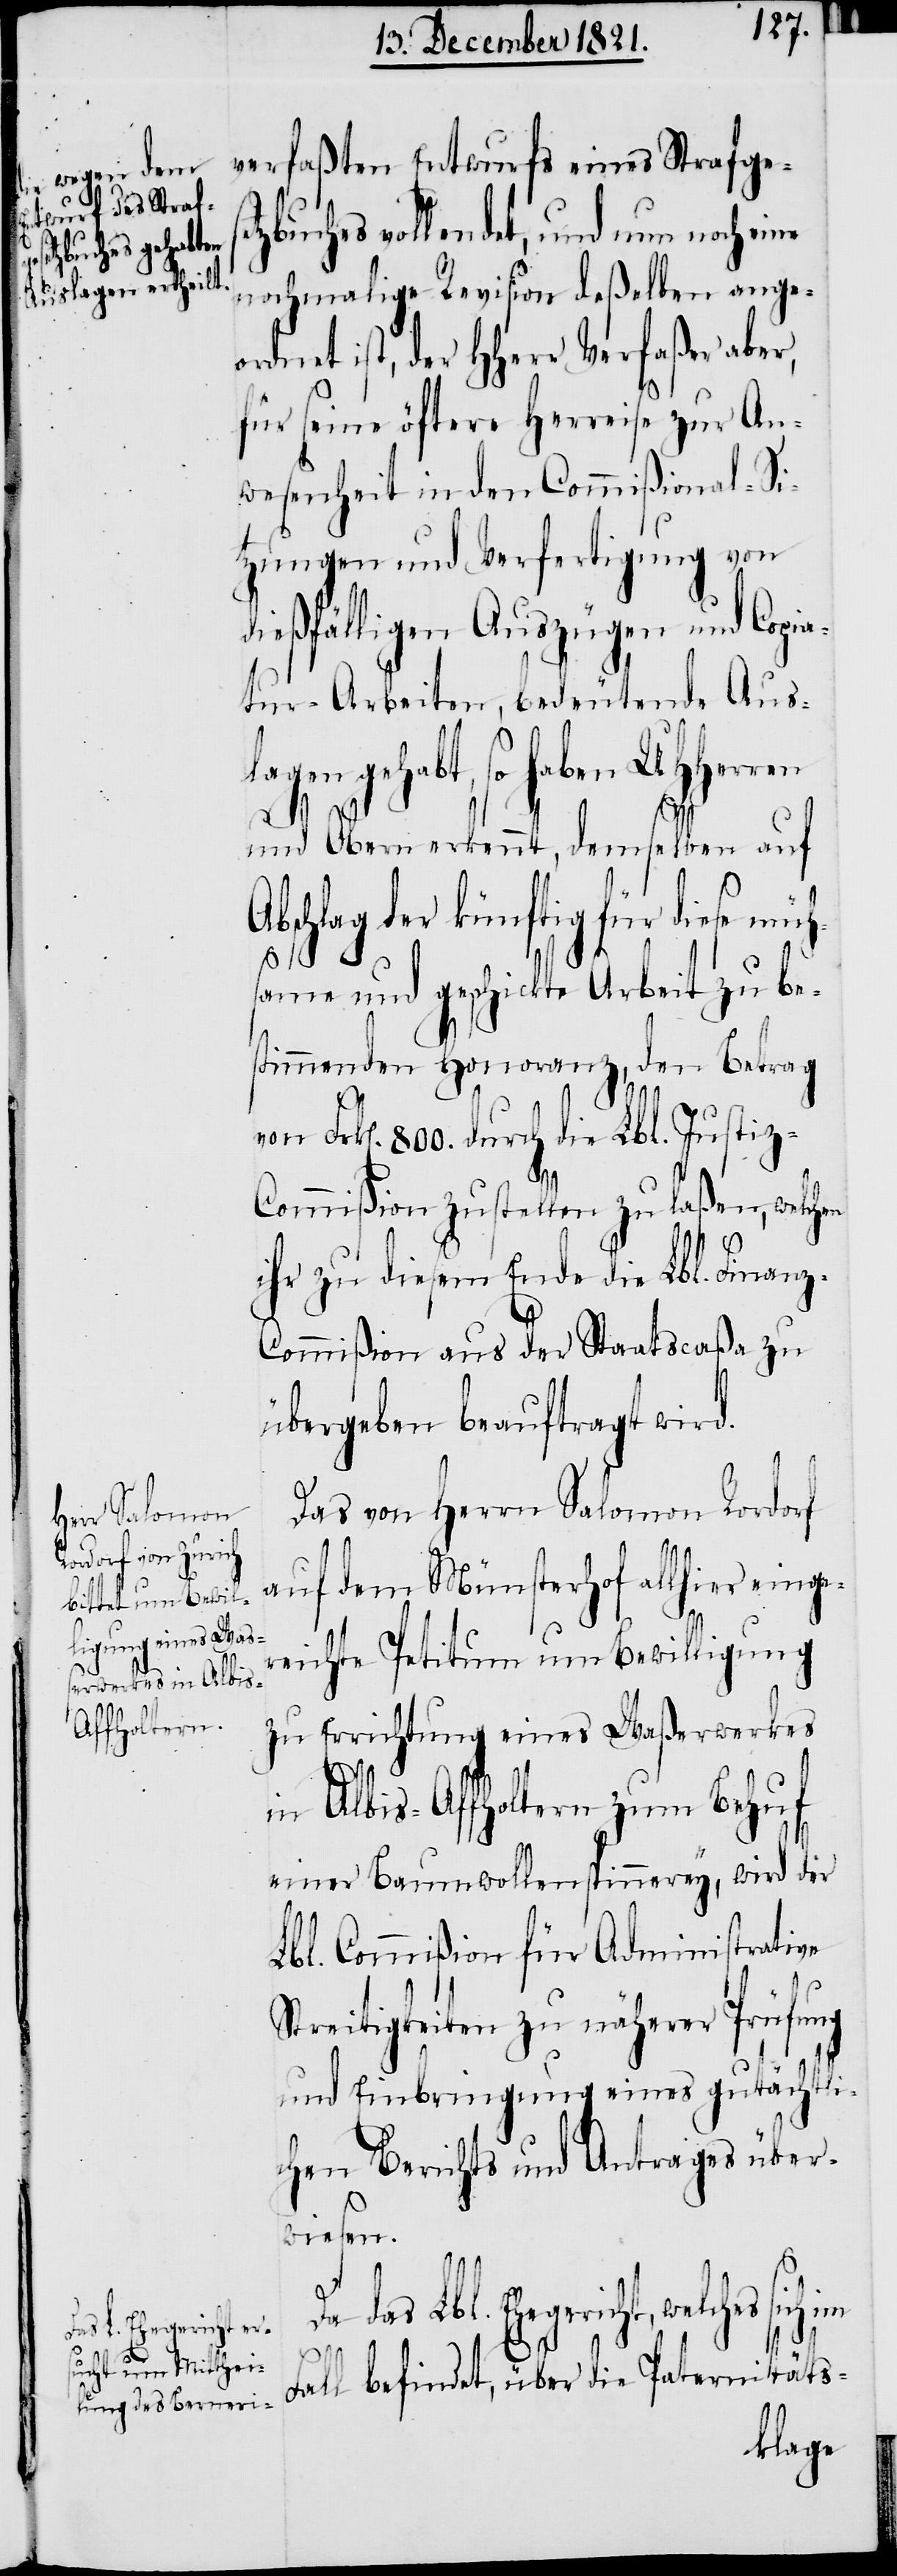
verfaßten Entwurfs eines Strafges¬
etzbuches vollendet, und nun noch eine
nochmalige Revision deßelben ange¬
ordnet ist, der HHerr Verfaßer aber,
für seine öftere Herreise zur An¬
wesenheit in den Commißional-Si¬
tzungen und Verfertigung von
dießfälligen Auszügen und Copia¬
tur-Arbeiten, bedeutende Aus¬
lagen gehabt, so haben UHHerren
und Obern erkennt, demselben auf
Abschlag der künftig für diese müh¬
same und geschickte Arbeit zu be¬
stimmenden Honoranz, den Betrag
rk[en]. 800. durch die Lbl. Justi¬
z-Commißion zustellen zu laßen, welchen
ihr zu diesem Ende die Lbl. Finan¬
z-Commißion aus der Staatscaßa zu
übergeben beauftragt wird.
Das von Herrn Salomon Rordorf
auf dem Münsterhof allhier einge¬
reichte Petitum um Bewilligung
zu Errichtung eines Waßerwerkes
in Albis-Affholtern zum Behuf
einer Baumwollenspinnerey, wird der
Lbl. Commißion für Administrative
Streitigkeiten zu näherer Prüfung
und Einbringung eines gutächtli¬
chen Berichts und Antrages über¬
wiesen.
das Lbl. Ehegericht, welches
F¬
Fall befindet, über die Paternitäts-